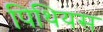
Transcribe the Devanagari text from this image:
पिथियस